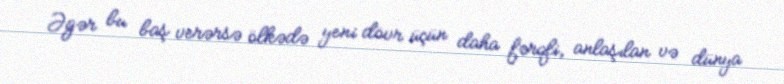
Əgər bu baş verərsə ölkədə yeni dövr üçün daha fərqli, anlaşılan və dünya